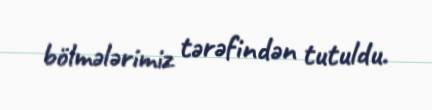
bölmələrimiz tərəfindən tutuldu.